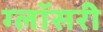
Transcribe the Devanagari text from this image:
ग्लॉसरी